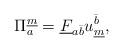
LaTeX: \begin{align*}\Pi^{\underline{m}}_{a} = \underline{F}_{{a}{\bar{b}}}u^{\bar{b}}_{\underline{m}} ,\end{align*}